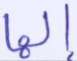
إلها